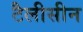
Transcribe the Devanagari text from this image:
टैलीसीन